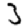
Digit: 3